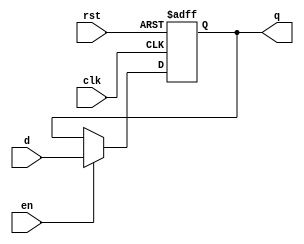

module AsyncResetReg #(parameter RESET_VALUE = 0)(d, q, en, clk, rst);

input  wire d;
output reg  q;
input  wire en;
input  wire clk;
input  wire rst;

   always @(posedge clk or posedge rst) begin

      if (rst) begin
         q <= RESET_VALUE;
      end else if (en) begin
         q <= d;
      end
   end
 
endmodule // AsyncResetReg